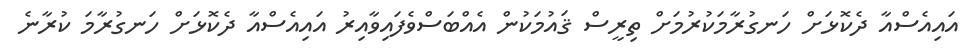
އައިއެސްއާ ދެކޮޅަށް ހަނގުރާމަކުރުމަށް ތިރީސް ޤައުމަކުން އެއްބަސްވެފައިވާއިރު އައިއެސްއާ ދެކޮޅަށް ހަނގުރާމަ ކުރާނެ